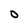
Character: O